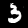
Digit: 3